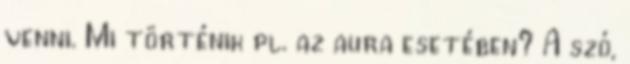
venni. Mi történik pl. az aura esetében? A szó,